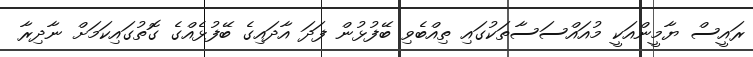
ރައީސް ޔާމީންއަކީ މުއައްސަސާތަކުގައި ތިއްބެވި ބޭފުޅުން ފަދަ އާދައިގެ ބޭފުޅެއްގެ ގޮތުގައިކަމަށް ނާދިރާ